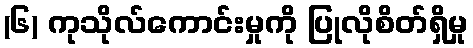
(၆) ကုသိုလ်ကောင်းမှုကို ပြုလိုစိတ်ရှိမှု